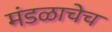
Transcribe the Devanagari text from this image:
मंडळाचेच